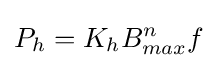
P_{h}=K_{h}B_{max}^{n}f